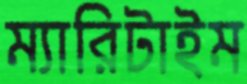
ম্যারিটাইম